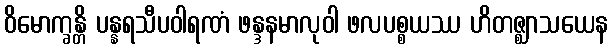
ဝိမောက္ခန္တိ ပန္နရသီပဝါရဏံ ဖန္ဒနမာလုဝါ ဖလပစ္စယဿ ဟိတဇ္ဈာသယေန